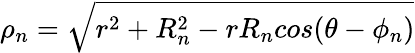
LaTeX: \rho_{n}=\sqrt{r^{2}+R_{n}^{2}-rR_{n}cos(\theta-\phi_{n})}